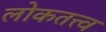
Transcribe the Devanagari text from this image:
लोकतत्त्व